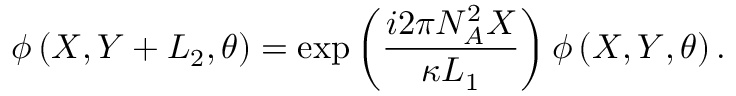
\phi \left( X , Y + L _ { 2 } , \theta \right) = \exp \left( \frac { i 2 \pi N _ { A } ^ { 2 } X } { \kappa L _ { 1 } } \right) \phi \left( X , Y , \theta \right) .